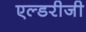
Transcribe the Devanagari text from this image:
एल्डरीजी